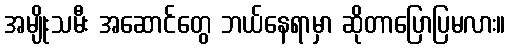
အမျိုးသမီး အဆောင်တွေ ဘယ်နေရာမှာ ဆိုတာပြောပြမလား။